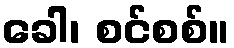
ခေါ၊ စင်စစ်။